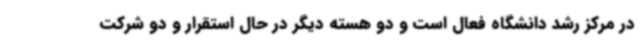
در مرکز رشد دانشگاه فعال است و دو هسته دیگر در حال استقرار و دو شرکت